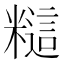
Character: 𰫎